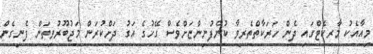
މިއާއެކު މާރކެޓްގައި ދެން ހަރަކާތްތެރިވާ ކުންފުނިންޏަށްވެސް ގޭހުގެ އަގު ދަށްކުރަން މަޖުބޫރުވިތަން ފެނިގެން